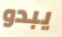
يبدو